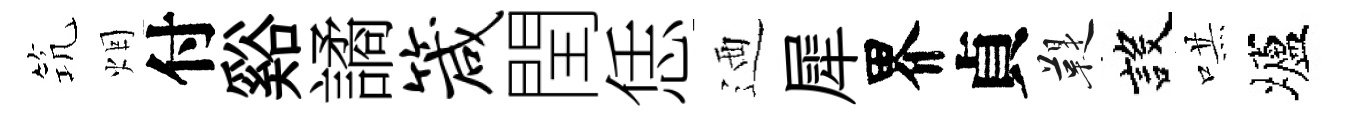
𥬑烟付谿譎箴閏恁迺犀界貞鞮設哄壚